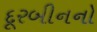
દૂરબીનનો